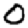
Digit: 0